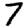
Digit: 7